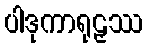
ပါဒုကာရုဠှဿ